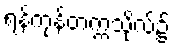
ရန်ကုန်တက္ကသိုလ်၌